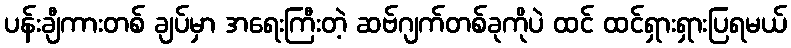
ပန်းချီကားတစ် ချပ်မှာ အရေးကြီးတဲ့ ဆဗ်ဂျက်တစ်ခုကိုပဲ ထင် ထင်ရှားရှားပြရမယ်